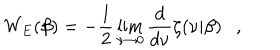
W _ { E } ( \beta ) = - \frac 1 2 \lim _ { \nu \rightarrow 0 } { \frac { d } { d \nu } } \zeta ( \nu | \beta ) ,